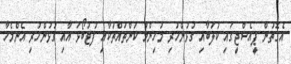
އެގޮތުން ޕީއެސްޖީގައި ކުލަބާއި ގުޅުންހުރި މުހިންމު ކަންތައްތަކާއި ފުޓުބޯޅަ އާއި ގުޅުންހުރި އެންމެހާ